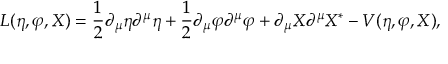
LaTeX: L ( \eta , \varphi , X ) = \frac { 1 } { 2 } \partial _ { \mu } \eta \partial ^ { \mu } \eta + \frac { 1 } { 2 } \partial _ { \mu } \varphi \partial ^ { \mu } \varphi + \partial _ { \mu } X \partial ^ { \mu } X ^ { * } - V ( \eta , \varphi , X ) ,